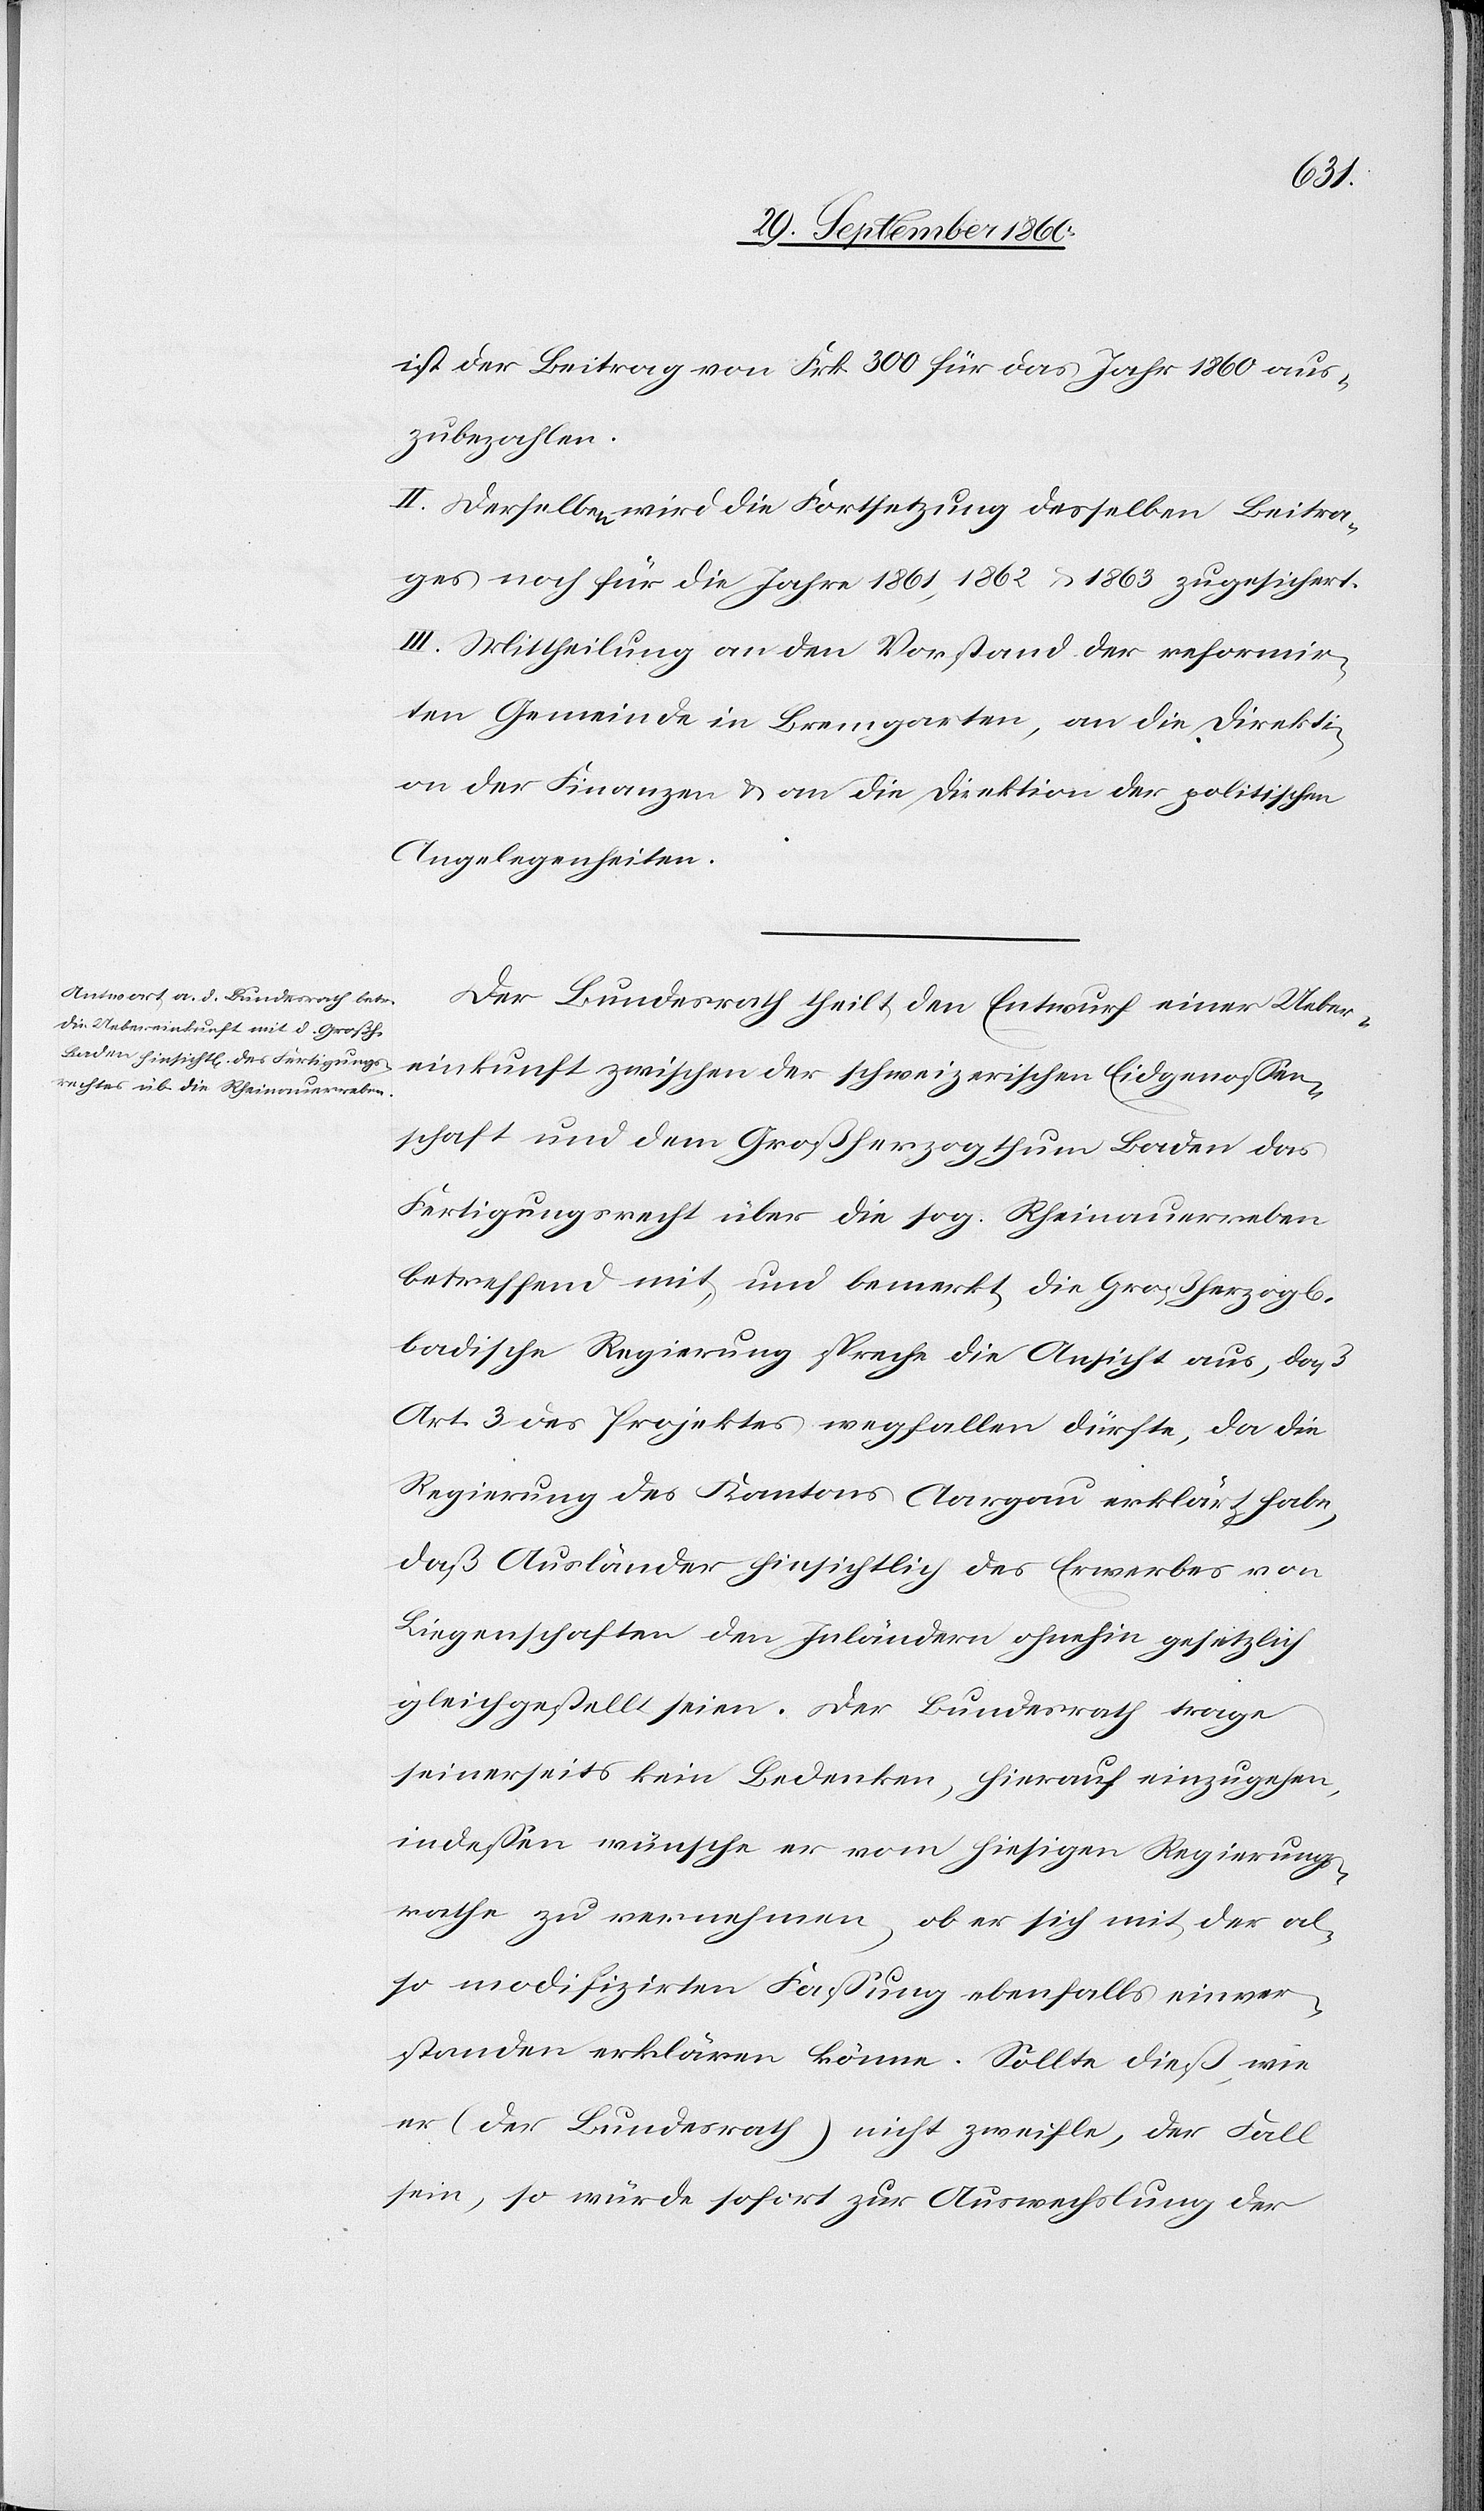
ist der Beitrag von Frk. 300 für das Jahr 1860 aus¬
zubezahlen,
II. Derselben wird die Fortsetzung desselben Beitra¬
ges noch für die Jahre 1861, 1862 u. 1863 zugesichert.
III. Mittheilung an den Vorstand der reformir¬
ten Gemeinde in Bremgarten, an die Direkti¬
on der Finanzen & an die Direktion der politischen
Angelegenheiten.
Der Bundesrath theilt den Entwurf einer Ueber¬
einkunft zwischen der schweizerischen Eidgenossen¬
schaft und dem Großherzogthum Baden das
Fertigungsrecht über die sog. Rheinauerreben
betreffend mit, und bemerkt die Großherzog¬
badische Regierung spreche die Ansicht aus, daß
Art. 3 des Projektes wegfallen dürfte, da die
Regierung des Kantons Aargau erklärt habe,
daß Ausländer hinsichtlich des Erwerbes von
Liegenschaften den Inländern ohnehin gesetzlich
gleichgestellt seien. Der Bundesrath trage
seinerseits kein Bedenken, hierauf einzugehen,
indeßen wünsche er vom hiesigen Regierungs¬
rathe zu vernehmen, ob er sich mit der al¬
so modifizirten Faßung ebenfalls einver¬
standen erklären könne. Sollte dieß, wie
er (der Bundesrath) nicht zweifle, der Fall
sein, so würde sofort zur Auswechslung der